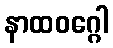
နာထဝဂ္ဂေါ